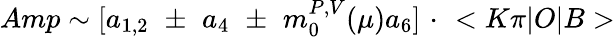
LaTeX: Amp\sim[a_{1,2}\, \, \pm\, \, a_{4}\, \, \pm\, \, m_{0}^{P,V}(\mu)a_{6}]\, \, \cdot\, \, <K\pi|O|B>